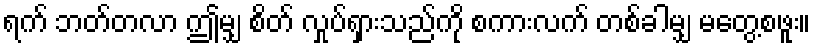
ရက် ဘတ်တလာ ဤမျှ စိတ် လှုပ်ရှားသည်ကို စကားလက် တစ်ခါမျှ မတွေ့စဖူး။